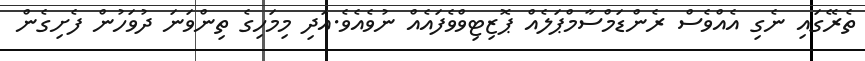
ތެރޭގައި ނެގި އެއްވެސް ރެންޑަމްސާމްޕަލެއް ޕޮޒިޓިވްވެފައެއް ނުވެއެވެ.އަދި މިމަހިގެ ތިންވަނަ ދުވަހުން ފެށިގެން